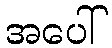
အပေါ်